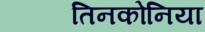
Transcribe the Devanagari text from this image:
तिनकोनिया